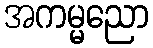
အကမ္မညော